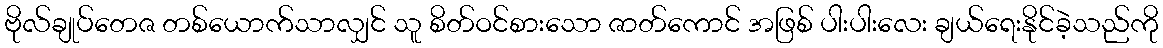
ဗိုလ်ချုပ်တေဇ တစ်ယောက်သာလျှင် သူ စိတ်ဝင်စားသော ဇာတ်ကောင် အဖြစ် ပါးပါးလေး ချယ်ရေးနိုင်ခဲ့သည်ကို